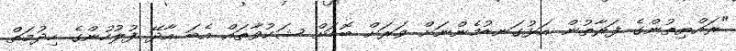
"ރައްޔިތުންގެ ފަރާތުން އަޅުގަނޑުމެންނަށް ވަރަށް ބޮޑަށް ޝަކުވާތައް އެބަ އާދޭ ފުލުހުންގެ ހިދުމަތް